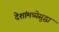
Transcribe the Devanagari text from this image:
देशांमध्येसुद्धा